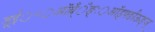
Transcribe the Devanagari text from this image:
ड़्ईं़॰़ऑब़्ँँँङ्ः़ऑड़्फ्ङीऊङ्ञ्